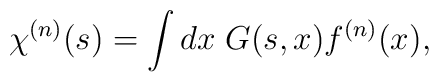
\chi^{(n)}(s) = \int dx \; G(s,x) f^{(n)}(x),